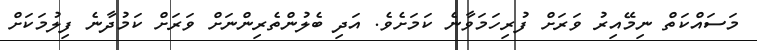
މަސައްކަތް ނިމޭއިރު ވަރަށް ފުރިހަމަވާނެ ކަމަށެވެ. އަދި ބެލުންތެރިންނަށް ވަރަށް ކަމުދާނެ ފިލުމަކަށް